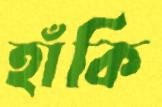
হাঁকি